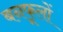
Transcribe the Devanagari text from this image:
बनफूलों